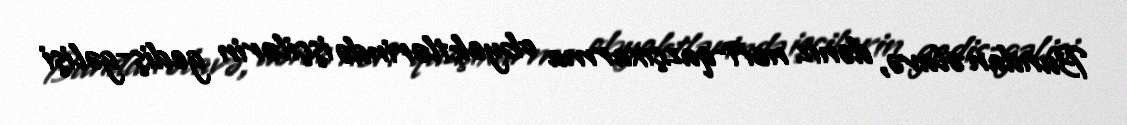
Bundan əlavə, dəniz neft-qazçıxarma obyektlərində işçilərin gediş-gəlişi